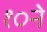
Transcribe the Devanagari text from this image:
१०ने